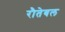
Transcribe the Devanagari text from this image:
रौतेबल